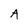
Character: A